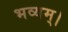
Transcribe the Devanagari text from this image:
भव्यम्।